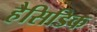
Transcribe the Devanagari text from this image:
हैसिडिक